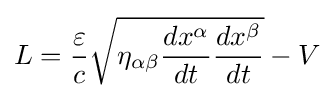
L={\frac {\varepsilon }{c}}{\sqrt {\eta _{\alpha \beta }{\frac {dx^{\alpha }}{dt}}{\frac {dx^{\beta }}{dt}}}}-V